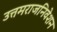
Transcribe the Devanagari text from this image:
उत्तमराजनिवेशन